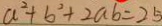
a ^ { 2 } + b ^ { 2 } + 2 a b = 2 5